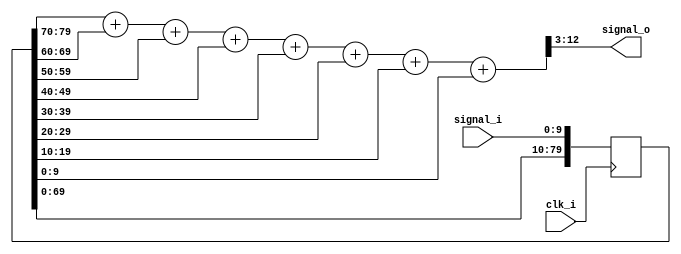
module filter_8(
	input clk_i, 			//clk with sampling frequency
	input [9:0] signal_i, 	//Signal to sample
	output [9:0] signal_o   //Data filtered 
); 
	reg [79:0] signalReg = 80'b0; //All 8 datas to be registered.
	always @(posedge clk_i)
		signalReg <= {signalReg[69:0], signal_i}; //Shift register
	reg [12:0] acc = 13'b0; //Accumulator 
	always @(signalReg) //Average last 8 signals 	
		acc = signalReg[79:70]+signalReg[69:60]+signalReg[59:50] //...
				+signalReg[49:40]+signalReg[39:30]+signalReg[29:20] //...
				+signalReg[19:10]+signalReg[9:0]; //Add
	assign signal_o = acc[12:3]; //Divide by 8
endmodule 

/** 
//This is a testbench 
module filter_8_tb(); 
	reg  clk_tb; 
	reg  [9:0] signal_i_tb; 
	wire [9:0] signal_o_tb; 
	
	filter_8 U0_tb(clk_tb, signal_i_tb, signal_o_tb); 
	
	initial begin 
		clk_tb = 1'b0; 
		signal_i_tb = 10'h000; 
	end 
	
	always begin 
		#50
			clk_tb = ~clk_tb; 
	end 
	
	always begin 
		#100
			signal_i_tb = 10'h2BA; 
		#100
			signal_i_tb = 10'h2B4; 	
		#100
			signal_i_tb = 10'h2B8; 
		#100
			signal_i_tb = 10'h2B3; 
		#100
			signal_i_tb = 10'h2BF; 
		#100
			signal_i_tb = 10'h2BE; 
		#100
			signal_i_tb = 10'h2B6; 
		#100
			signal_i_tb = 10'h2BA;	
		#100
			signal_i_tb = 10'h000;	
	end 
endmodule 
**/